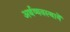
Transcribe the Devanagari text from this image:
अर्थव्यवस्थायें